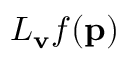
L _ { \mathbf { v } } f ( \mathbf { p } )